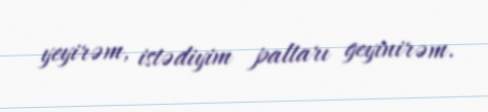
yeyirəm, istədiyim paltarı geyinirəm.